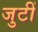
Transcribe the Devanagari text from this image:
जुटीं